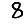
Digit: 8